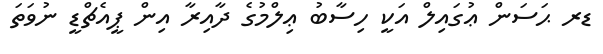
ޑރ ޙަސަން ޢުގައިލް އަކީ ހިސާބު ޢިލްމުގެ ދާއިރާ އިން ޕީއެޗްޑީ ނުވަތަ